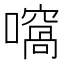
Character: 𡁮